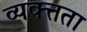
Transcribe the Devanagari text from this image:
व्यक्त्तता